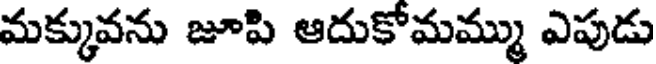
మక్కువను జూపి ఆదుకోమమ్ము ఎపుడు